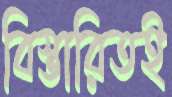
বিস্তারিতই